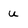
Character: u